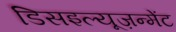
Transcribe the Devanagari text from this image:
डिसइल्यूज़न्मेंट